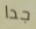
جدا